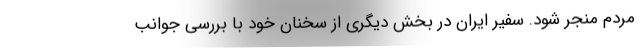
مردم منجر شود. سفیر ایران در بخش دیگری از سخنان خود با بررسی جوانب